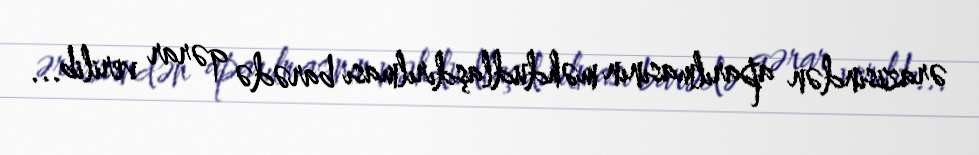
ərazisindən aparılmasının məhdudlaşdırılması barədə qərar verilib...